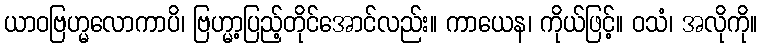
ယာဝဗြဟ္မလောကာပိ၊ ဗြဟ္မာ့ပြည့်တိုင်အောင်လည်း။ ကာယေန၊ ကိုယ်ဖြင့်။ ဝသံ၊ အလိုကို။